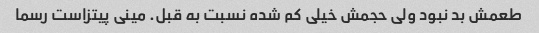
طعمش بد نبود ولی حجمش خیلی کم شده نسبت به قبل. مینی پیتزاست رسما